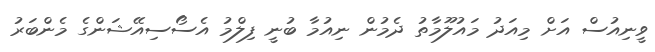
ވީނިއުސް އަށް މިއަދު މައުލޫމާތު ދެމުން ނިއުމާ ބުނީ ފިލްމު އެސޯސިއޭޝަންގެ މެންބަރު